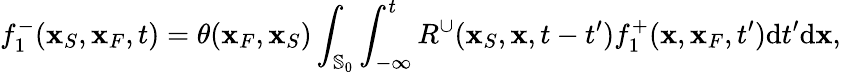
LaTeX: f_{1}^{-}({\mathbf x}_{S},{\mathbf x}_{F},t)=\theta({\mathbf x}_{F},{\mathbf x}_{S})\int_{{\mathbb{S}_{0}}}\int_{-\infty}^{t}R^{\cup}({\mathbf x}_{S},{\mathbf x},t-t^{\prime})f_{1}^{+}({\mathbf x},{\mathbf x}_{F},t^{\prime})\mathrm{d}t^{\prime}\mathrm{d}{\mathbf x},